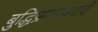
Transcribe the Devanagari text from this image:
बुद्धिप्रमाण्यवादी